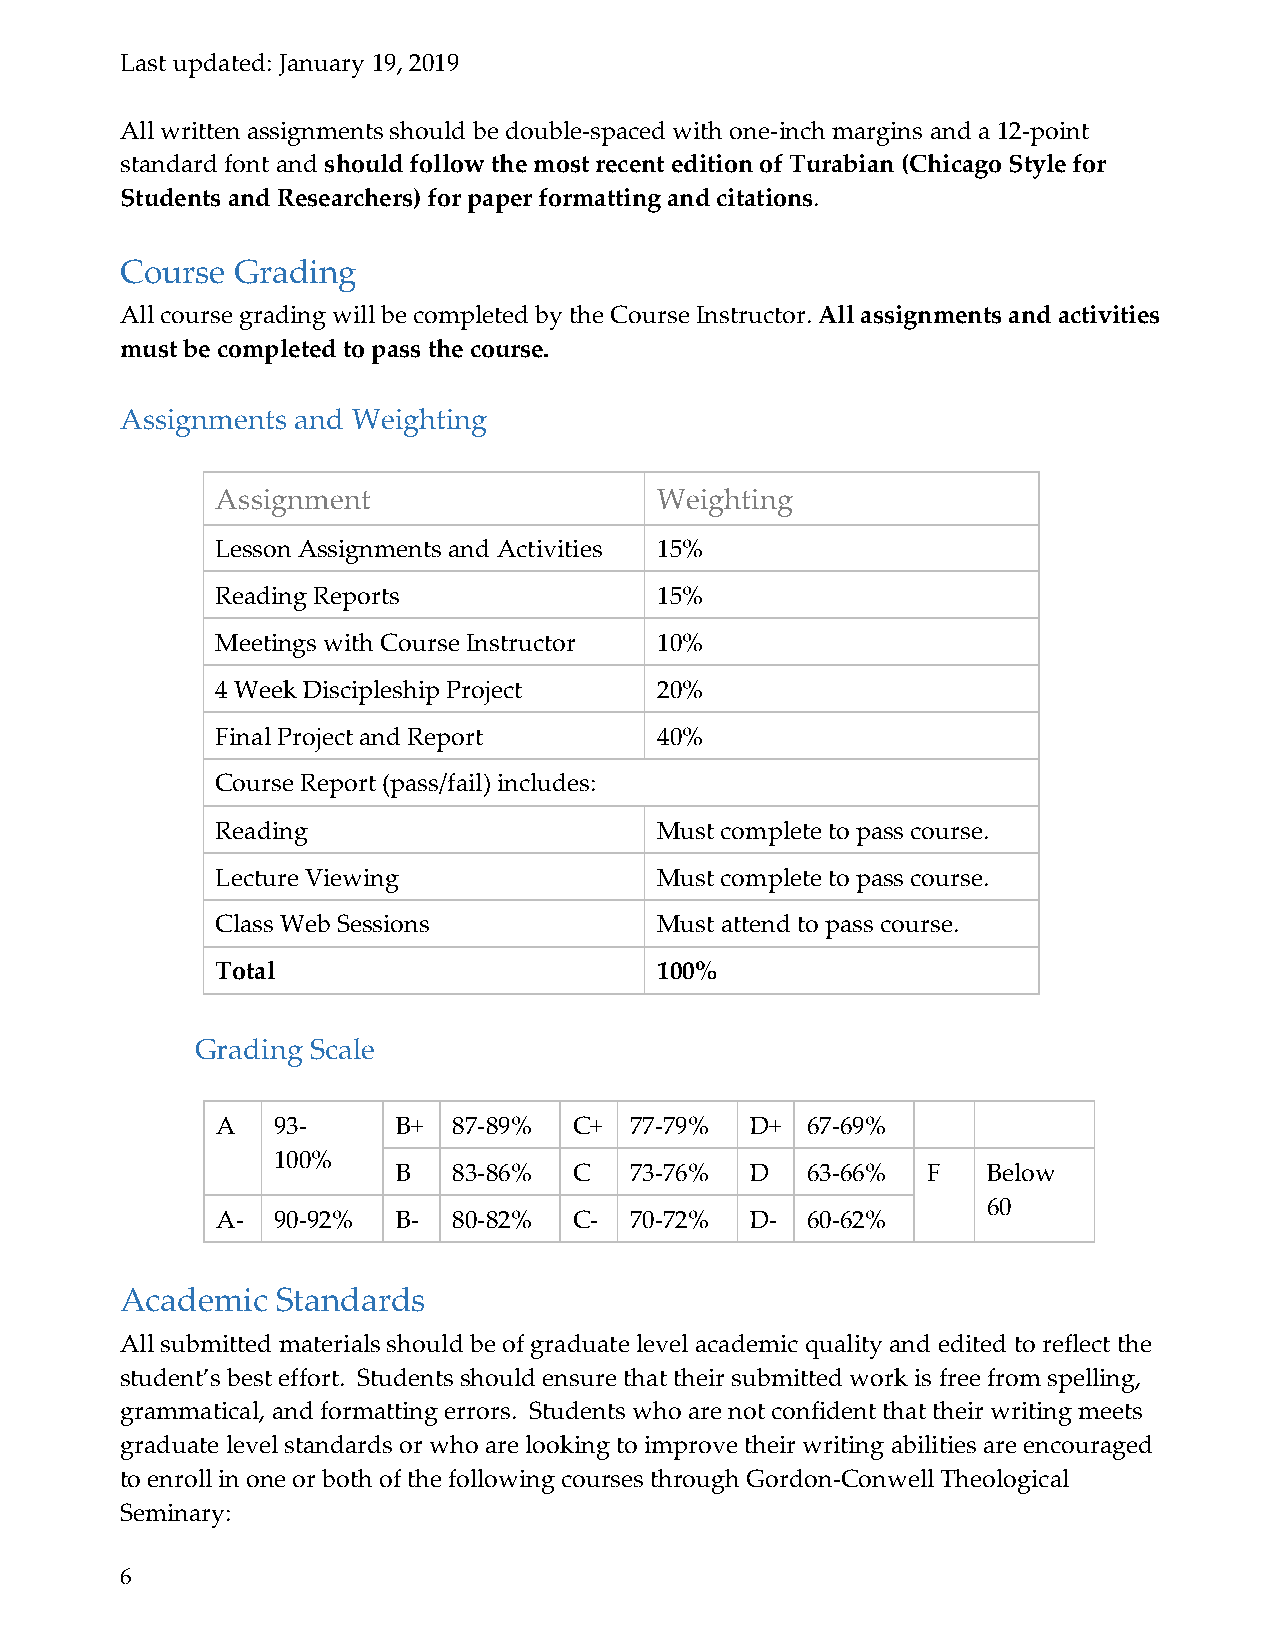
Last updated: January 19, 2019
 All written assignments should be double-spaced with one-inch margins and a 12-point
 standard font and should follow the most recent edition of Turabian (Chicago Style for
 Students and Researchers) for paper formatting and citations.
 Course Grading
 All course grading will be completed by the Course Instructor. All assignments and activities
 must be completed to pass the course.
 Assignments and Weighting
 Assignment                   Weighting
 Lesson Assignments and Activities 15%
 Reading Reports              15%
 Meetings with Course Instructor 10%
 4 Week Discipleship Project  20%
 Final Project and Report     40%
 Course Report (pass/fail) includes:
 Reading                      Must complete to pass course.
 Lecture Viewing              Must complete to pass course.
 Class Web Sessions           Must attend to pass course.
 Total                        100%
 Grading Scale
 A   93-     B+  87-89%  C+  77-79%  D+ 67-69%
 100%
 B   83-86%  C   73-76%  D  63-66%  F   Below
 60
 A-  90-92%  B-  80-82%  C-  70-72%  D- 60-62%
 Academic  Standards
 All submitted materials should be of graduate level academic quality and edited to reflect the
 student’s best effort. Students should ensure that their submitted work is free from spelling,
 grammatical, and formatting errors. Students who are not confident that their writing meets
 graduate level standards or who are looking to improve their writing abilities are encouraged
 to enroll in one or both of the following courses through Gordon-Conwell Theological
 Seminary:
 6